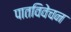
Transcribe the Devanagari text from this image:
पातविवेचन